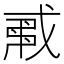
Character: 𢧟